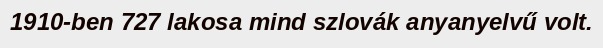
1910-ben 727 lakosa mind szlovák anyanyelvű volt.